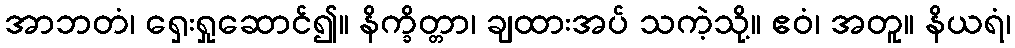
အာဘတံ၊ ရှေးရှုဆောင်၍။ နိက္ခိတ္တာ၊ ချထားအပ် သကဲ့သို့။ ဧဝံ၊ အတူ။ နိယရံ၊